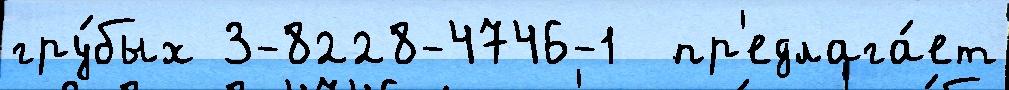
гру́бых 3-8228-4746-1  пр'едлага́ет